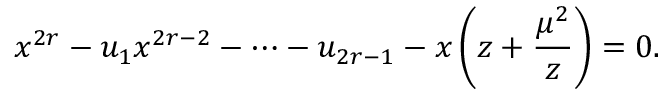
x ^ { 2 r } - u _ { 1 } x ^ { 2 r - 2 } - \cdots - u _ { 2 r - 1 } - x \left( z + { \frac { \mu ^ { 2 } } { z } } \right) = 0 .